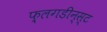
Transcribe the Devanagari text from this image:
फ़्लगडीन्स्ट